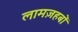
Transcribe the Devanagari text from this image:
लामज़हबों